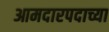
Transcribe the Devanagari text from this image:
आमदारपदाच्या